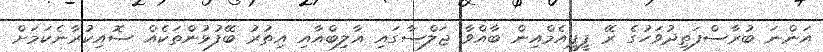
އަންނަ ބުރާސްފަތިދުވަހުގެ ރޭ ޕީޕީއެމްއިން ބާއްވާ ޖަލްސާގައި ޣާލިބްއާއި އިތުރު ބޭފުޅުންތަކެއް ސޮއިކުރާނެކަމަށް